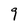
Character: 9